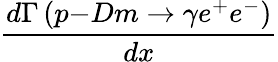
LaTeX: \frac{d\Gamma\left(p\mathrm{-}Dm\rightarrow\gamma e^{+}e^{-}\right)}{dx}